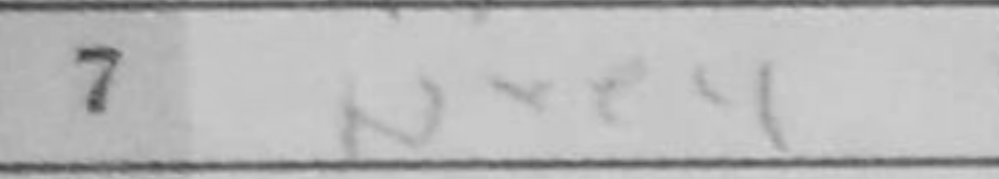
Transcription: Nxe4